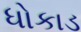
ધોકાડ